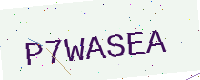
Text: P7WASEA